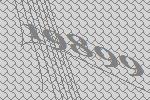
19899